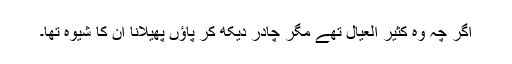
اگر چہ وہ کثیر العیال تھے مگر چادر دیکھ کر پاؤں پھیلانا ان کا شیوہ تھا۔